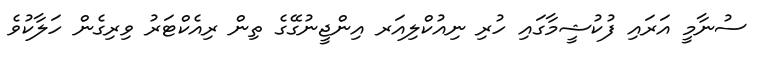
ސުނާމީ އަރައި ފުކުޝީމާގައި ހުރި ނިއުކްލިއަރ އިންޖީނުގޭގެ ތިން ރިއެކްޓަރު ވިރިގެން ހަލާކުވެ